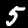
Label: 5